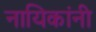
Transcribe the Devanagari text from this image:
नायिकांनी